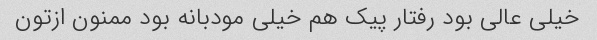
خیلی عالی بود رفتار پیک هم خیلی مودبانه بود ممنون ازتون